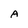
Character: A